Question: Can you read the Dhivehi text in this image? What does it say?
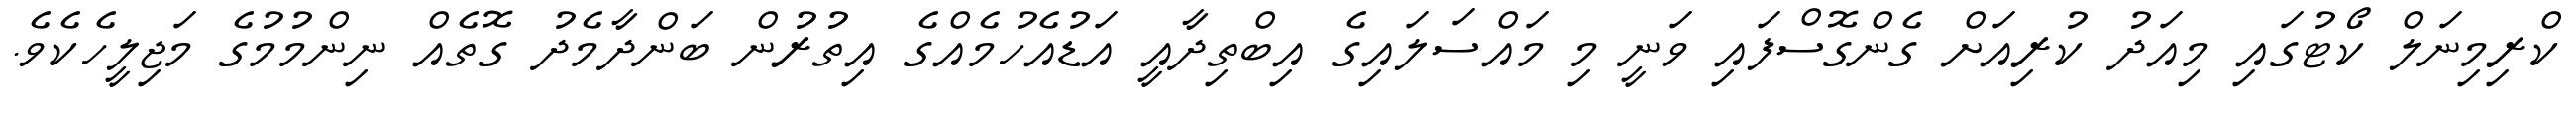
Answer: ކްރިމިނަލް ކޯޓުގައި މިއަދު ކުރިއަށް ގެންގޮސްފައި ވަނީ މި މައްސަލައިގެ އިބްތިދާއީ އަޑުއެހުމެއްގެ އިތުރުން ބަންދާމެދު ގޮތެއް ނިންމުމުގެ މަޖިލީހެކެވެ.